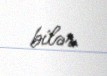
bilər.